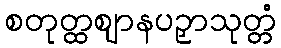
စတုတ္ထဈာနပဉှာသုတ္တံ